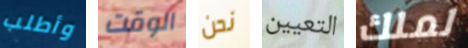
وأطلب الوقت نحن التعيين لملك